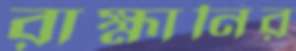
রাহ্মানির